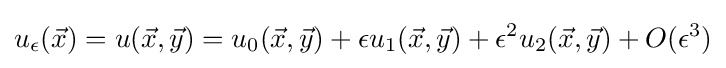
u_{\epsilon }({\vec {x}})=u({\vec {x}},{\vec {y}})=u_{0}({\vec {x}},{\vec {y}})+\epsilon u_{1}({\vec {x}},{\vec {y}})+\epsilon ^{2}u_{2}({\vec {x}},{\vec {y}})+O(\epsilon ^{3})